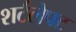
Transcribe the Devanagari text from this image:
शर्टलेफ्ट